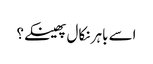
اسے باہر نکال پھینکے؟